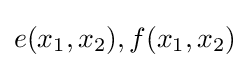
e(x_{1},x_{2}),f(x_{1},x_{2})